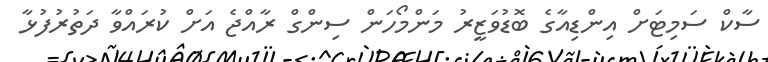
ސާކް ސަމިޓަށް އިންޑިއާގެ ބޮޑުވަޒީރު މަންމޯހަން ސިންގް ރާއްޖެ އަށް ކުރައްވާ ދަތުރުފުޅާ